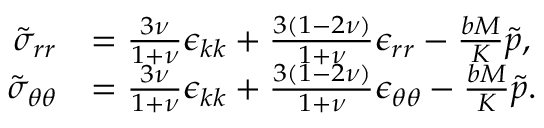
\begin{array} { r l } { \tilde { \sigma } _ { r r } } & { = \frac { 3 \nu } { 1 + \nu } \epsilon _ { k k } + \frac { 3 ( 1 - 2 \nu ) } { 1 + \nu } \epsilon _ { r r } - \frac { b M } { K } \tilde { p } , } \\ { \tilde { \sigma } _ { \theta \theta } } & { = \frac { 3 \nu } { 1 + \nu } \epsilon _ { k k } + \frac { 3 ( 1 - 2 \nu ) } { 1 + \nu } \epsilon _ { \theta \theta } - \frac { b M } { K } \tilde { p } . } \end{array}